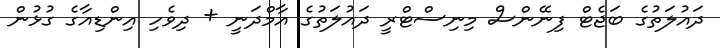
ދައުލަތުގެ ބަޖެޓް ފިނޭންސް މިނިސްޓްރީ ދައުލަތުގެ އާމްދަނީ + ދިވެހި އިންޑިއާގެ ގުޅުން